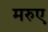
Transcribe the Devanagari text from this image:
मरुए